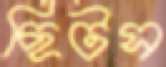
ছিটস